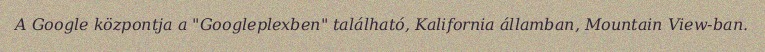
A Google központja a "Googleplexben" található, Kalifornia államban, Mountain View-ban.